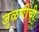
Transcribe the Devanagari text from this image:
जुळणीची